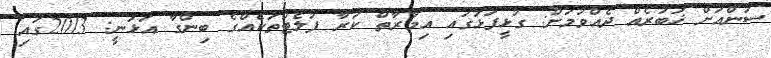
ސަންއަށް ޚަބަރެއް ދެއްވުމަށް: ގުޅީފަޅުގައި އިމާރާތް ކުރާ ފުލެޓްތަކެއްގެ ބިންގާ އަޅަނީ: 2013ގައި